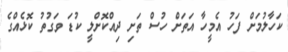
ކަހާލުމަށް ފަހު އެމީހާ އަތަށް ހުސް ތަށި ދިއްކޮށްލީ ކުޑަ ވަގުތު ކޮޅެއްގެ